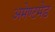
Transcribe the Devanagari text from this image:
अमेण्टमेड